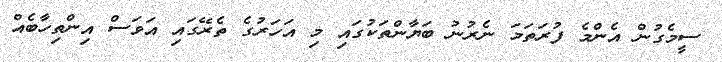
ސީމެގުން އެންމެ ފުރަތަމަ ނެރުނު ބަޔާންތަކުގައި މި އަހަރުގެ ތެރޭގައި އަވަސް އިންތިހާބެއް